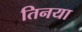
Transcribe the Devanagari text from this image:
तिनया